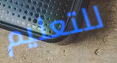
للتعليم